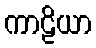
ကာဠိယာ